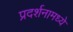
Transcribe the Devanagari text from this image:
प्रदर्शनामध्ये